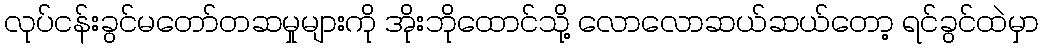
လုပ်ငန်းခွင်မတော်တဆမှုများကို အိုးဘိုထောင်သို့ လောလောဆယ်ဆယ်တော့ ရင်ခွင်ထဲမှာ